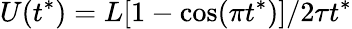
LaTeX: U(t^{*})=L[1-\cos(\pi t^{*})]/2\tau t^{*}